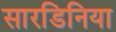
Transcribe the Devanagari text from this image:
सारडिनिया